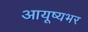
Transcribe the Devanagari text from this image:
आयूष्यभर